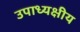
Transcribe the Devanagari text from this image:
उपाध्यक्षीय